Vaccination in Bombay 1869-1873 - 1869-1873
Year: 1869
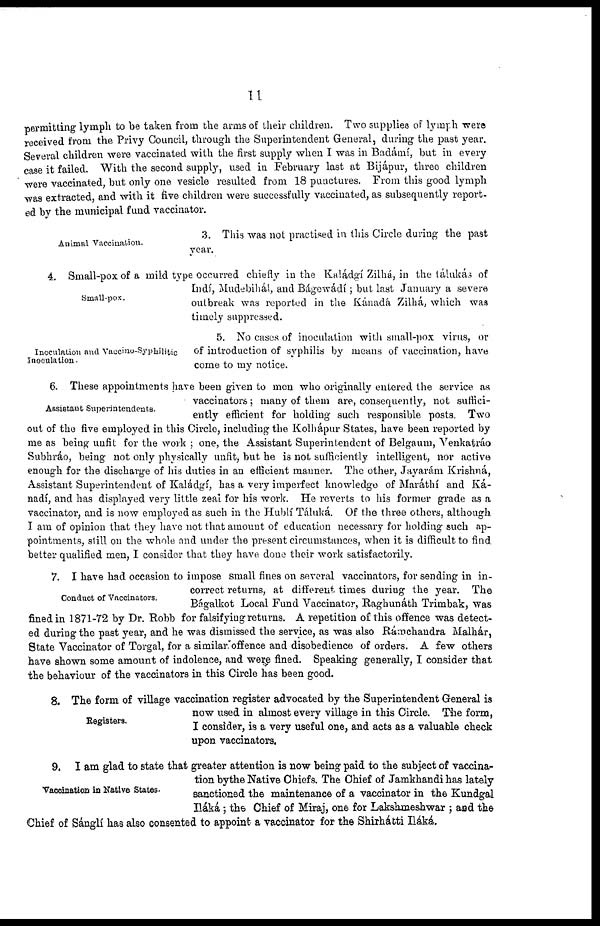
11
permitting lymph to be taken from the arms of their children. Two supplies of lymph were
received from the Privy Council, through the Superintendent General, during the past year.
Several children were vaccinated with the first supply when I was in Badámí, but in every
case it failed. With the second supply, used in February last at Bijápur, three children
were vaccinated, but only one vesicle resulted from 18 punctures. From this good lymph
was extracted, and with it five children were successfully vaccinated, as subsequently report-
ed by the municipal fund vaccinator.
Animal Vaccination.
3. This was not practised in this Circle during the past
year.
Small-pox.
4. Small-pox of a mild type occurred chiefly in the Kaládgí Zilhá, in the tálukás of
Indí, Mudebihál, and Bágewádí; but last January a severe
outbreak was reported in the Kánadá Zilhá, which was
timely suppressed.
Inoculation and Vaccino-Syphilitic
Inoculation.
5. No cases of inoculation with small-pox virus, or
of introduction of syphilis by means of vaccination, have
come to my notice.
Assistant Superintendents.
6. These appointments have been given to men who originally entered the service as
vaccinators; many of them are, consequently, not suffici-
ently efficient for holding such responsible posts. Two
out of the five employed in this Circle, including the Kolhápur States, have been reported by
me as being unfit for the work ; one, the Assistant Superintendent of Belgaum, Venkatráo
Subhráo, being not only physically unfit, but he is not sufficiently intelligent, nor active
enough for the discharge of his duties in an efficient manner. The other, Jayarám Krishná,
Assistant Superintendent of Kaládgí, has a very imperfect knowledge of Maráthí and Ka-
nadf, and has displayed very little zeal for his work. He reverts to his former grade as a
vaccinator, and is now employed as such in the Hublí Táluká. Of the three others, although
I am of opinion that they have not that amount of education necessary for holding such ap-
pointments, still on the whole and under the present circumstances, when it is difficult to find
better qualified men, I consider that they have done their work satisfactorily.
Conduct of Vaccinators.
7. I have had occasion to impose small fines on several vaccinators, for sending in in-
correct returns, at different times during the year. The
Bágalkot Local Fund Vaccinator, Raghunáth Trimbak, was
fined in 1871-72 by Dr. Robb for falsifying returns. A repetition of this offence was detect-
ed during the past year, and he was dismissed the service, as was also Rámchandra Malhár,
State Vaccinator of Torgal, for a similar offence and disobedience of orders. A few others
have shown some amount of indolence, and were fined. Speaking generally, I consider that
the behaviour of the vaccinators in this Circle has been good.
Registers.
8. The form of village vaccination register advocated by the Superintendent General is
now used in almost every village in this Circle. The form,
I consider, is a very useful one, and acts as a valuable check
upon vaccinators.
Vaccination in Native States.
9. I am glad to state that greater attention is now being paid to the subject of vaccina-
tion bythe Native Chiefs. The Chief of Jamkhandi has lately
sanctioned the maintenance of a vaccinator in the Kundgal
Iláká; the Chief of Miraj, one for Lakshmeshwar ; and the
Chief of Sánglí has also consented to appoint a vaccinator for the Shirhátti Iláká.